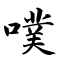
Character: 噗